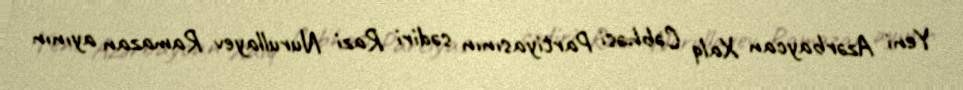
Yeni Azərbaycan Xalq Cəbhəsi Partiyasının sədiri Razi Nurullayev Ramazan ayının